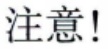
注意!